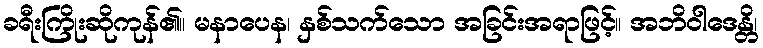
ခရီးကြိုးဆိုကုန်၏။ မနာပေန၊ နှစ်သက်သော အခြင်းအရာဖြင့်။ အဘိဝါဒေန္တိ၊